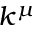
k ^ { \mu }